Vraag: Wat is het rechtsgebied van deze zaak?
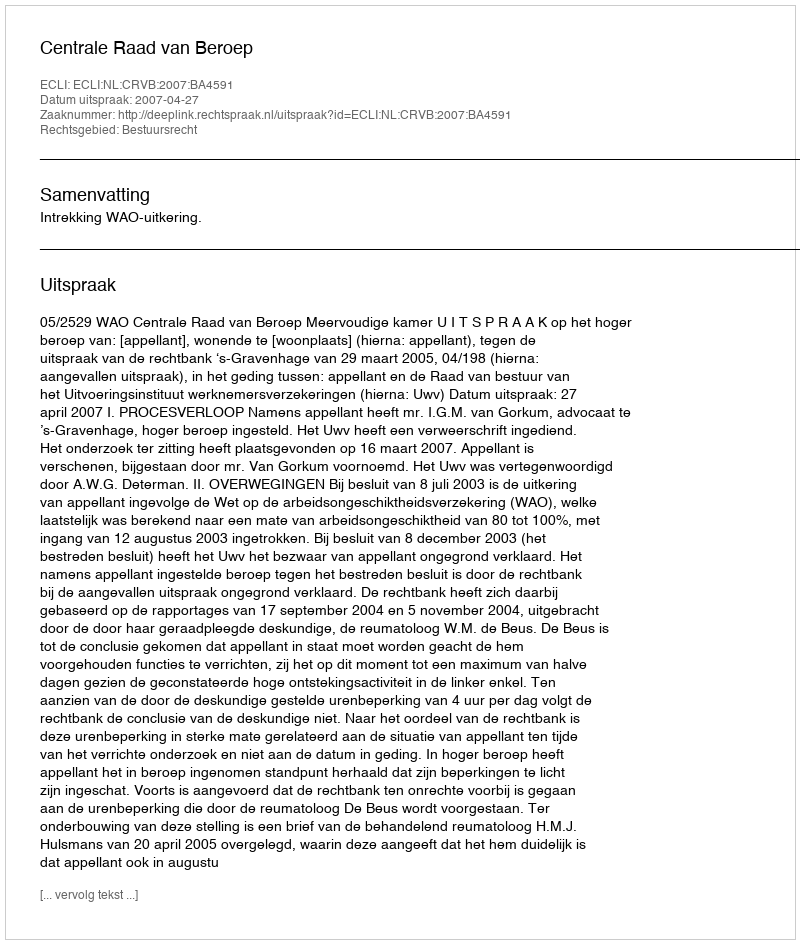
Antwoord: Bestuursrecht